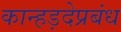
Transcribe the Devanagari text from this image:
कान्हड़देप्रबंध